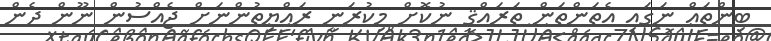
ބިންތައް ނަގައި އެތަންތަން ތަރައްޤީ ނުކޮށް މިކުރަނީ ރައްޔިތުންނަށް ޖެއްސުން ނޫން ދެން